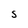
Character: S